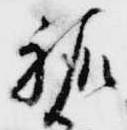
祐